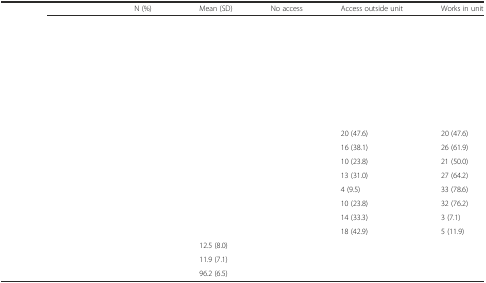
<table><thead><tr><td>[EMPTY_CELL]</td><td><b>N (%)</b></td><td><b>Mean (SD)</b></td><td><b>No access</b></td><td><b>Access outside unit</b></td><td><b>Works in unit</b></td></tr></thead><tbody><tr><td>[EMPTY_CELL]</td><td>[EMPTY_CELL]</td><td>[EMPTY_CELL]</td><td>[EMPTY_CELL]</td><td>[EMPTY_CELL]</td><td>[EMPTY_CELL]</td></tr><tr><td>[EMPTY_CELL]</td><td>[EMPTY_CELL]</td><td>[EMPTY_CELL]</td><td>[EMPTY_CELL]</td><td>[EMPTY_CELL]</td><td>[EMPTY_CELL]</td></tr><tr><td>[EMPTY_CELL]</td><td>[EMPTY_CELL]</td><td>[EMPTY_CELL]</td><td>[EMPTY_CELL]</td><td>[EMPTY_CELL]</td><td>[EMPTY_CELL]</td></tr><tr><td>[EMPTY_CELL]</td><td>[EMPTY_CELL]</td><td>[EMPTY_CELL]</td><td>[EMPTY_CELL]</td><td>[EMPTY_CELL]</td><td>[EMPTY_CELL]</td></tr><tr><td>[EMPTY_CELL]</td><td>[EMPTY_CELL]</td><td>[EMPTY_CELL]</td><td>[EMPTY_CELL]</td><td>[EMPTY_CELL]</td><td>[EMPTY_CELL]</td></tr><tr><td>[EMPTY_CELL]</td><td>[EMPTY_CELL]</td><td>[EMPTY_CELL]</td><td>[EMPTY_CELL]</td><td>[EMPTY_CELL]</td><td>[EMPTY_CELL]</td></tr><tr><td>[EMPTY_CELL]</td><td>[EMPTY_CELL]</td><td>[EMPTY_CELL]</td><td>[EMPTY_CELL]</td><td>[EMPTY_CELL]</td><td>[EMPTY_CELL]</td></tr><tr><td>[EMPTY_CELL]</td><td>[EMPTY_CELL]</td><td>[EMPTY_CELL]</td><td>[EMPTY_CELL]</td><td>[EMPTY_CELL]</td><td>[EMPTY_CELL]</td></tr><tr><td>[EMPTY_CELL]</td><td>[EMPTY_CELL]</td><td>[EMPTY_CELL]</td><td>[EMPTY_CELL]</td><td>20 (47.6)</td><td>20 (47.6)</td></tr><tr><td>[EMPTY_CELL]</td><td>[EMPTY_CELL]</td><td>[EMPTY_CELL]</td><td>[EMPTY_CELL]</td><td>16 (38.1)</td><td>26 (61.9)</td></tr><tr><td>[EMPTY_CELL]</td><td>[EMPTY_CELL]</td><td>[EMPTY_CELL]</td><td>[EMPTY_CELL]</td><td>10 (23.8)</td><td>21 (50.0)</td></tr><tr><td>[EMPTY_CELL]</td><td>[EMPTY_CELL]</td><td>[EMPTY_CELL]</td><td>[EMPTY_CELL]</td><td>13 (31.0)</td><td>27 (64.2)</td></tr><tr><td>[EMPTY_CELL]</td><td>[EMPTY_CELL]</td><td>[EMPTY_CELL]</td><td>[EMPTY_CELL]</td><td>4 (9.5)</td><td>33 (78.6)</td></tr><tr><td>[EMPTY_CELL]</td><td>[EMPTY_CELL]</td><td>[EMPTY_CELL]</td><td>[EMPTY_CELL]</td><td>10 (23.8)</td><td>32 (76.2)</td></tr><tr><td>[EMPTY_CELL]</td><td>[EMPTY_CELL]</td><td>[EMPTY_CELL]</td><td>[EMPTY_CELL]</td><td>14 (33.3)</td><td>3 (7.1)</td></tr><tr><td>[EMPTY_CELL]</td><td>[EMPTY_CELL]</td><td>[EMPTY_CELL]</td><td>[EMPTY_CELL]</td><td>18 (42.9)</td><td>5 (11.9)</td></tr><tr><td>[EMPTY_CELL]</td><td>[EMPTY_CELL]</td><td>12.5 (8.0)</td><td rowspan="2">[EMPTY_CELL]</td><td rowspan="2">[EMPTY_CELL]</td><td rowspan="2">[EMPTY_CELL]</td></tr><tr><td>[EMPTY_CELL]</td><td>[EMPTY_CELL]</td><td>11.9 (7.1)</td></tr><tr><td>[EMPTY_CELL]</td><td>[EMPTY_CELL]</td><td>96.2 (6.5)</td><td>[EMPTY_CELL]</td><td>[EMPTY_CELL]</td><td>[EMPTY_CELL]</td></tr></tbody></table>